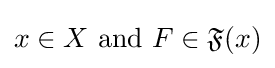
x\in X{\text{ and }}F\in {\mathfrak {F}}(x)